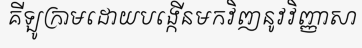
គីឡូក្រាមដោយបង្កើនមកវិញនូវវិញ្ញាសា